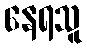
နေရသူ